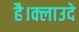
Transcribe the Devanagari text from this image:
है।क्लाउदे